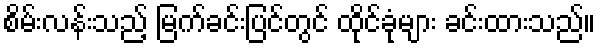
စိမ်းလန်းသည့် မြက်ခင်းပြင်တွင် ထိုင်ခုံများ ခင်းထားသည်။